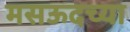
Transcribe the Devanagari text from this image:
मसऊदच्या